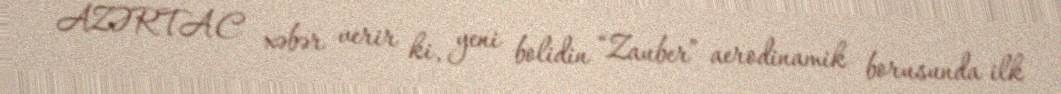
AZƏRTAC xəbər verir ki, yeni bolidin “Zauber” aerodinamik borusunda ilk